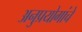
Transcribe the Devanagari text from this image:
अनुप्रयोगांचे